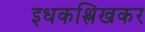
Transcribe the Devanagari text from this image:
इधकश्लिखकर